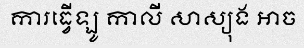
ការធ្វើឡូ កាលី សាស្យុង អាច